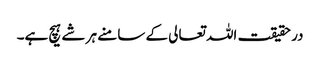
در حقیقت اللہ تعالی کے سامنے ہر شے ہیچ ہے۔